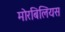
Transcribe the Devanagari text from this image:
मोरबिलियस